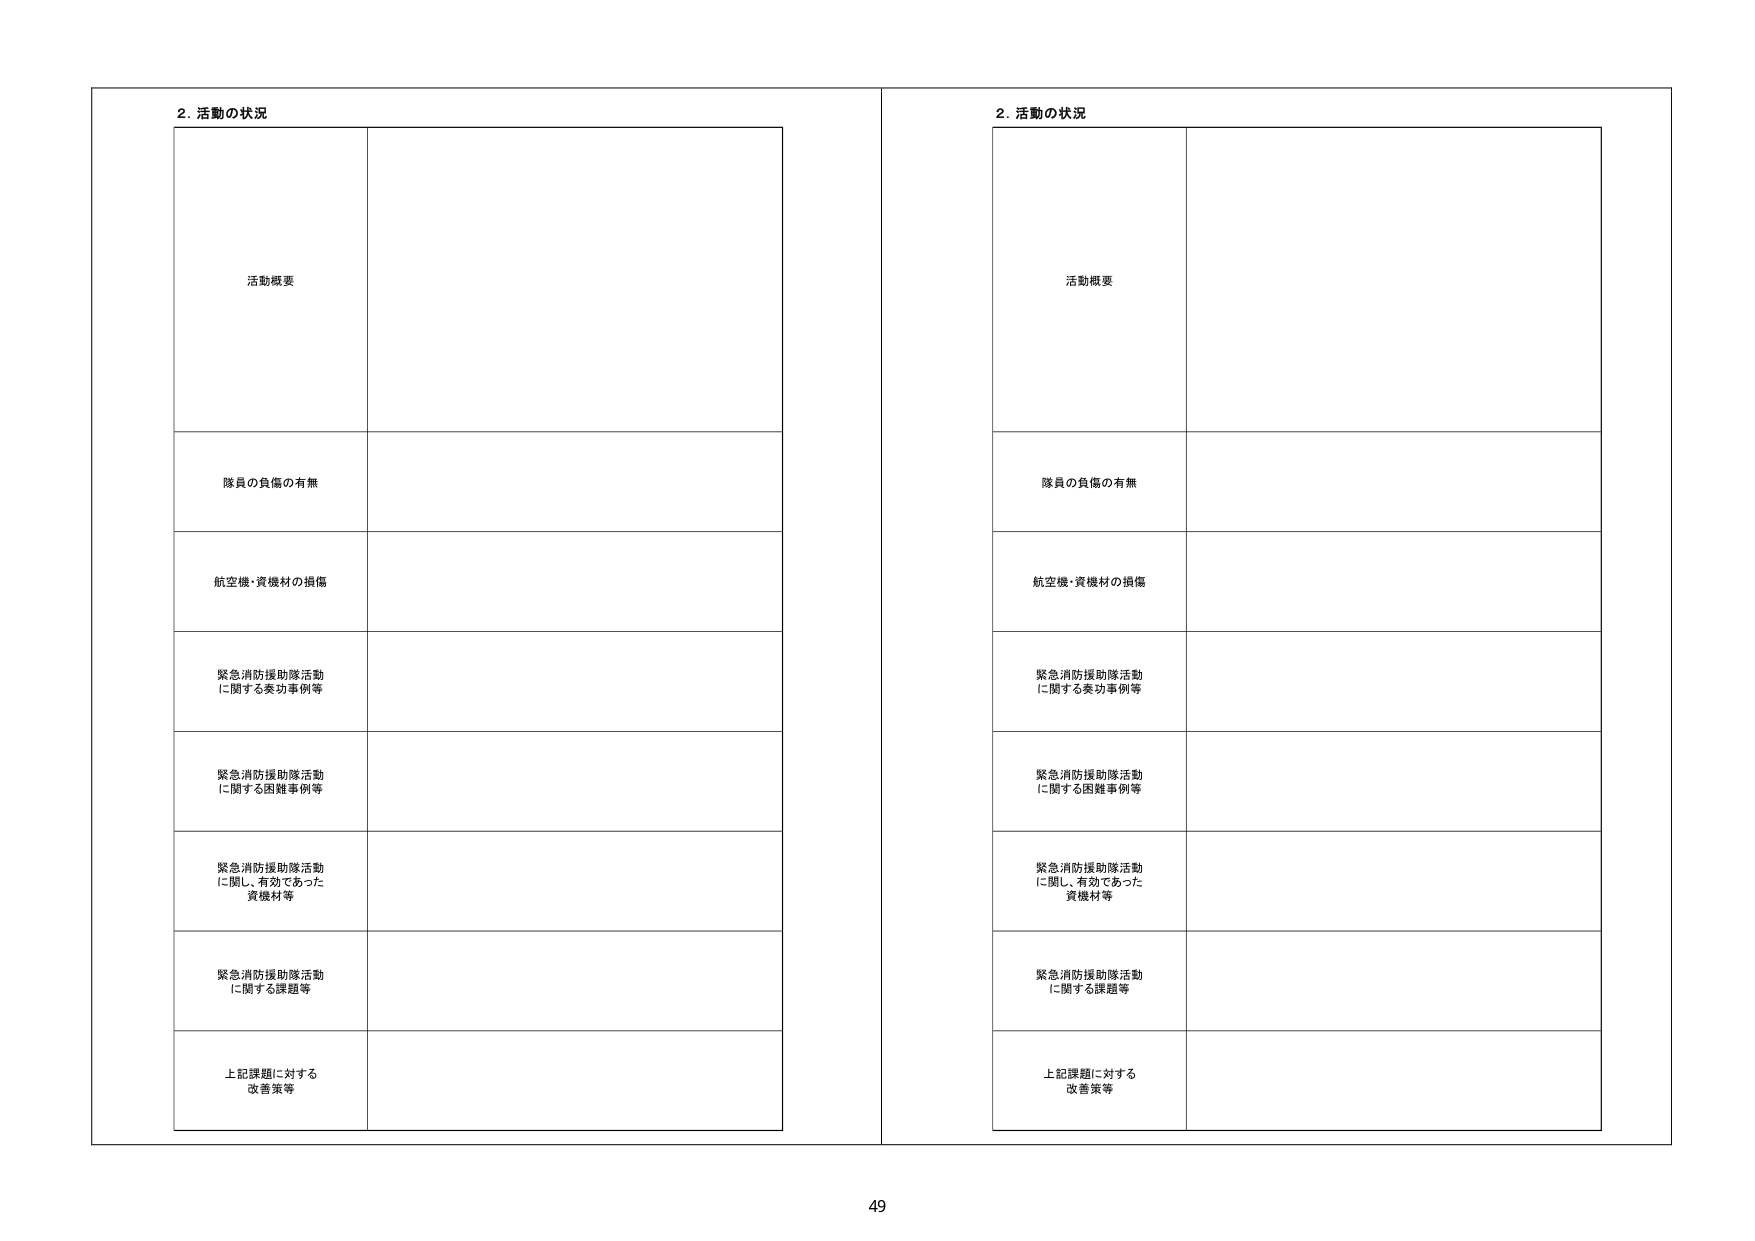
2. 活動の状況

活動概要

隊員の負傷の有無

航空機・資機材の損傷

緊急消防援助隊活動
に関する奏功事例等

緊急消防援助隊活動
に関する困難事例等

緊急消防援助隊活動
に関し、有効であった
資機材等

緊急消防援助隊活動
に関する課題等

上記課題に対する
改善策等

2. 活動の状況

活動概要

隊員の負傷の有無

航空機・資機材の損傷

緊急消防援助隊活動
に関する奏功事例等

緊急消防援助隊活動
に関する困難事例等

緊急消防援助隊活動
に関し、有効であった
資機材等

緊急消防援助隊活動
に関する課題等

上記課題に対する
改善策等

49